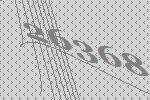
26368